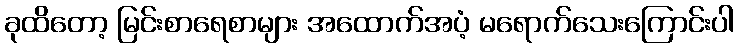
ခုထိတော့ မြင်းစာရေစာများ အထောက်အပံ့ မရောက်သေးကြောင်းပါ